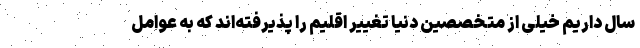
سال داریم خیلی از متخصصین دنیا تغییر اقلیم را پذیرفته‌اند که به عوامل